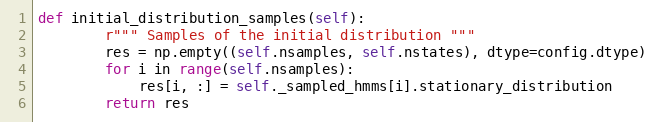
Language: Python
def initial_distribution_samples(self):
        r""" Samples of the initial distribution """
        res = np.empty((self.nsamples, self.nstates), dtype=config.dtype)
        for i in range(self.nsamples):
            res[i, :] = self._sampled_hmms[i].stationary_distribution
        return res